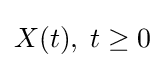
{\textstyle X(t),\;t\geq 0}